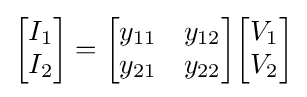
{\begin{bmatrix}I_{1}\\I_{2}\end{bmatrix}}={\begin{bmatrix}y_{11}&y_{12}\\y_{21}&y_{22}\end{bmatrix}}{\begin{bmatrix}V_{1}\\V_{2}\end{bmatrix}}